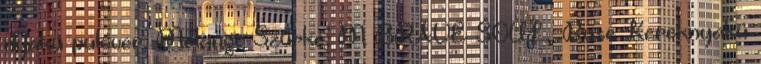
nyakú pulóver, Melange Szürke, M BRAVE SOUL, Ruse Kereknyakú